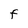
Character: F